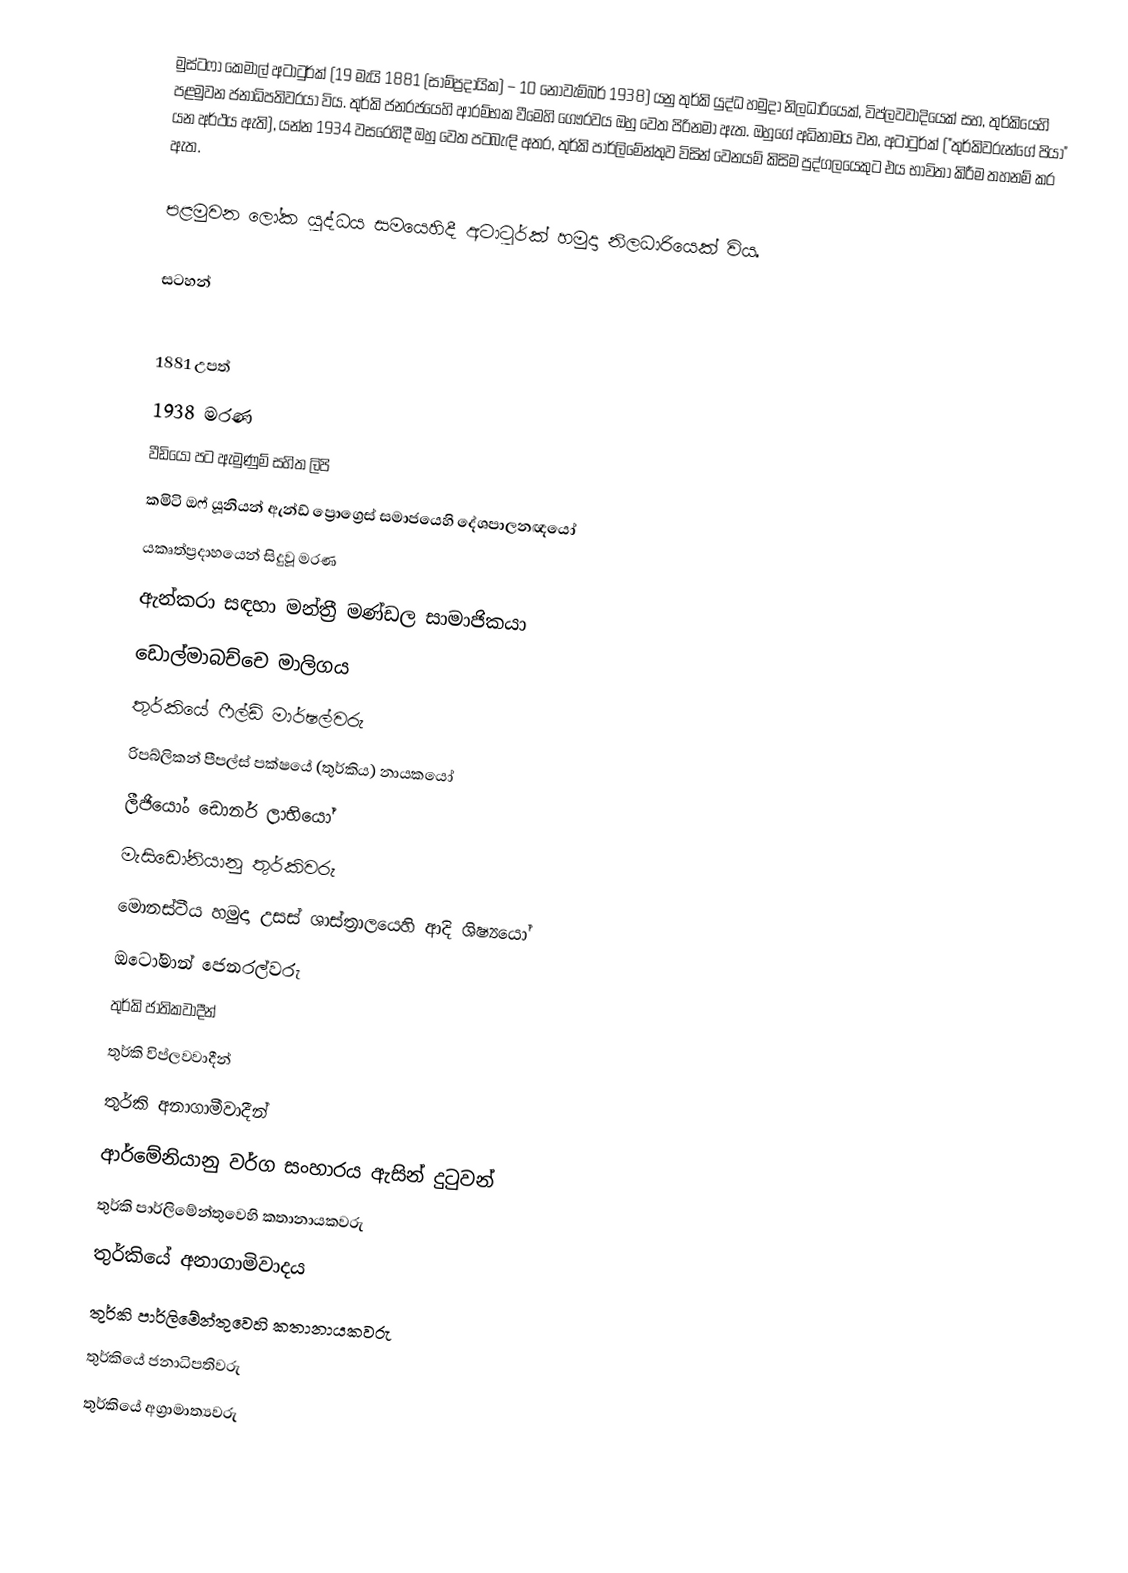
මුස්ටෆා කෙමාල් අටාටුර්ක්  (19 මැයි 1881 (සාම්ප්‍රදායික) – 10 නොවැම්බර් 1938) යනු තුර්කි යුද්ධ හමුදා නිලධාරියෙක්, විප්ලවවාදියෙක් සහ, තුර්කියෙහි පළමුවන ජනාධිපතිවරයා විය. තුර්කි ජනරජයෙහි ආරම්භක වීමෙහි ගෞරවය ඔහු වෙත පිරිනමා ඇත. ඔහුගේ අධිනාමය වන, අටාටුර්ක් ("තුර්කිවරුන්ගේ පියා" යන අර්ථය ඇති), යන්න  1934 වසරෙහිදී ඔහු වෙත පටබැඳි අතර, තුර්කි පාර්ලිමේන්තුව විසින් වෙනයම් කිසිම පුද්ගලයෙකුට එය භාවිතා කිරීම තහනම් කර ඇත.

පළමුවන ලෝක යුද්ධය සමයෙහිදී අටාටුර්ක් හමුදා නිලධාරියෙක් විය.

සටහන්

1881 උපත්
1938 මරණ
වීඩියෝ පට ඇමුණුම් සහිත ලිපි
කමිටි ඔෆ් යූනියන් ඇන්ඩ් ප්‍රොග්‍රෙස් සමාජයෙහි දේශපාලනඥයෝ
යකෘත්ප්‍රදාහයෙන් සිදුවූ මරණ
ඇන්කරා සඳහා මන්ත්‍රී මණ්ඩල සාමාජිකයා
ඩොල්මාබච්චෙ මාලිගය
තුර්කියේ ෆීල්ඩ් මාර්ෂල්වරු
 රිපබ්ලිකන් පීපල්ස් පක්ෂයේ (තුර්කිය) නායකයෝ
ලීජියෝං ඩොනර් ලාභියෝ
මැසිඩෝනියානු තුර්කිවරු
මොනස්ටීය හමුදා උසස් ශාස්ත්‍රාලයෙහි  ආදි ශිෂ්‍යයෝ
ඔටෝමාන් ජෙනරල්වරු
තුර්කි ජාතිකවාදීන්
තුර්කි විප්ලවවාදීන්
තුර්කි අනාගාමීවාදීන්
ආර්මේනියානු වර්ග සංහාරය ඇසින් දුටුවන්
තුර්කි පාර්ලිමේන්තුවෙහි කතානායකවරු
තුර්කියේ අනාගාමිවාදය
තුර්කි පාර්ලිමේන්තුවෙහි කතානායකවරු
තුර්කියේ ජනාධිපතිවරු
තුර්කියේ අග්‍රාමාත්‍යවරු